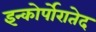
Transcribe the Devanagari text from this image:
इन्कोर्पोरातेद